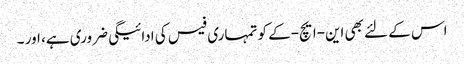
اس کے لئے بھی این-ایچ-کے کو تمہاری فیس کی ادائیگی ضروری ہے، اور ۔